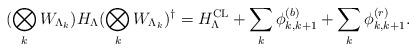
LaTeX: \begin{align*}(\bigotimes_k W_{\Lambda_k})H_\Lambda (\bigotimes_k W_{\Lambda_k})^\dagger=H_{\Lambda}^{\textnormal{CL}}+\sum_k\phi^{(b)}_{k,k+1}+\sum_k\phi^{(r)}_{k,k+1}.\end{align*}